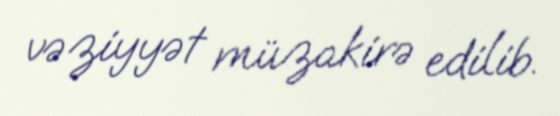
vəziyyət müzakirə edilib.